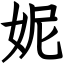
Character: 妮